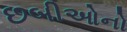
છબીઓનો